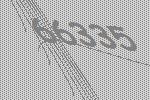
66335